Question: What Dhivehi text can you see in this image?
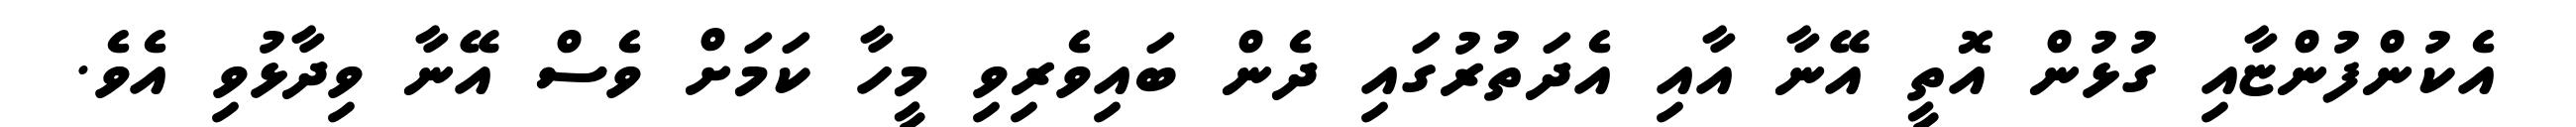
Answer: އެކުންފުންޏާއި ގުޅުން އޮތީ އޭނާ އާއި އެދަތުރުގައި ދެން ބައިވެރިވި މީހާ ކަމަށް ވެސް އޭނާ ވިދާޅުވި އެވެ.